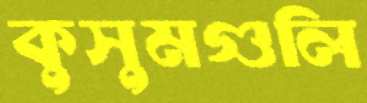
কুসুমগুলি